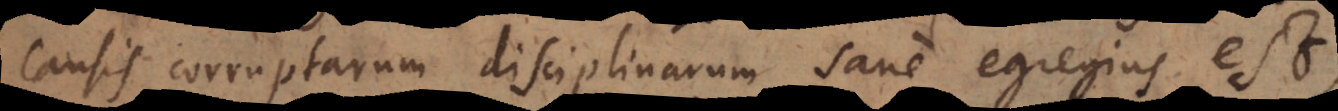
causis corruptarum disciplinarum sane egregius est,